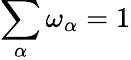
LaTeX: \sum_{\alpha}\omega_{\alpha}=1